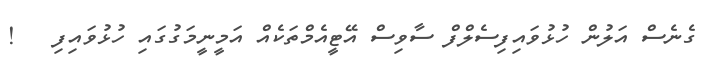
ގެނެސް އަލުން ހުޅުވައިފިސެލްފް ސާވިސް އޭޓީއެމްތަކެއް އަމީނީމަގުގައި ހުޅުވައިފި   !